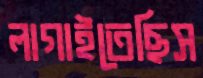
লাগাইতেছিস